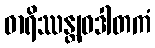
ဓာရိဿန္တျဝဒါတကံ